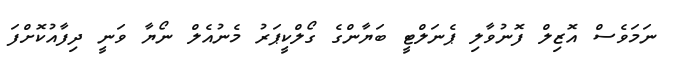
ނަމަވެސް އޮޒިލް ފޮނުވާލި ޕެނަލްޓީ ބަޔާންގެ ގޯލްކީޕަރު މެނުއެލް ނޯޔާ ވަނީ ދިފާއުކޮށްފަ